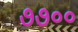
૭૭૦૦